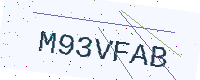
Text: M93VFAB